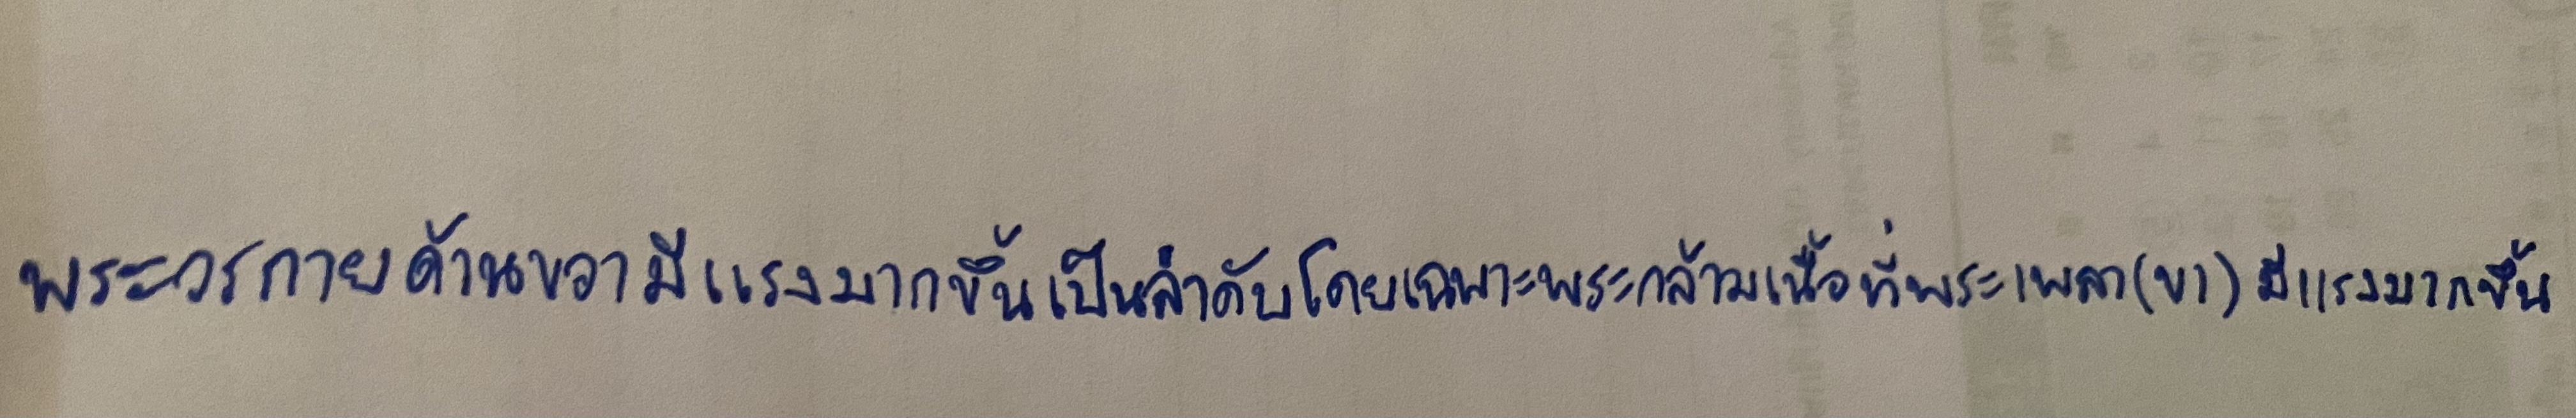
พระวรกายด้านขวามีแรงมากขึ้นเป็นลำดับโดยเฉพาะพระกล้ามเนื้อที่พระเพลา(ขา)มีแรงมากขึ้น